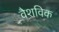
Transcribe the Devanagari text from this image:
वैशविक